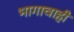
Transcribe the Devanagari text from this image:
भागाचाही